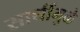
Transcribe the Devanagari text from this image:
साथींमुळे